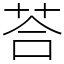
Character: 荅